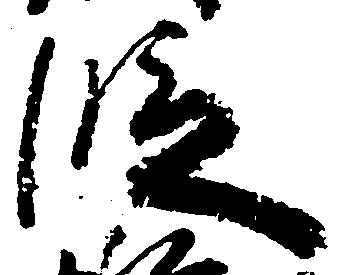
段